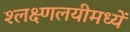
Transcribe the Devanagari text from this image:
श्लक्ष्णलयीमध्यें